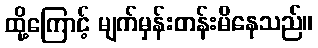
ထို့ကြောင့် မျက်မှန်းတန်းမိနေသည်။